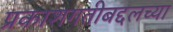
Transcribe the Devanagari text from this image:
प्रकाशगतीबद्दलच्या